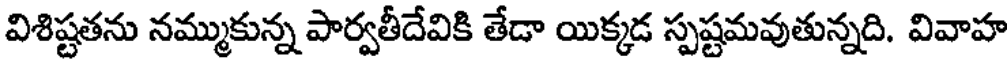
విశిష్టతను నమ్ముకున్న పార్వతీదేవికి తేడా యిక్కడ స్పష్టమవుతున్నది. వివాహ